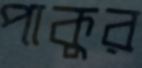
পাকুর